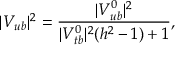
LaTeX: | V _ { u b } | ^ { 2 } = \frac { | V _ { u b } ^ { 0 } | ^ { 2 } } { | V _ { t b } ^ { 0 } | ^ { 2 } ( h ^ { 2 } - 1 ) + 1 } ,